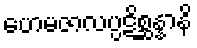
ဟေမဇာလပ္ပဋိစ္ဆန္နာနိ